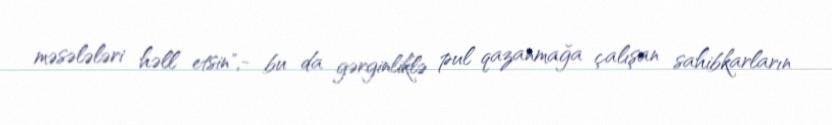
məsələləri həll etsin",- bu da gərginliklə pul qazanmağa çalışan sahibkarların